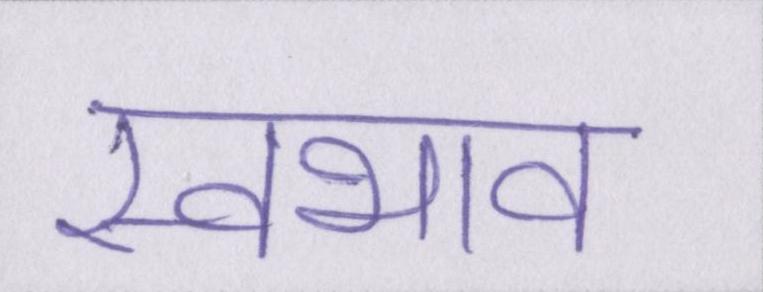
स्वभाव